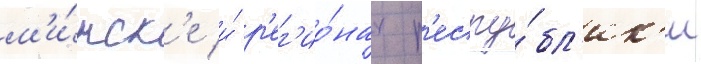
м'и́нск'е и́ р'ег'ио́нах р'еспу́бл'ик'и